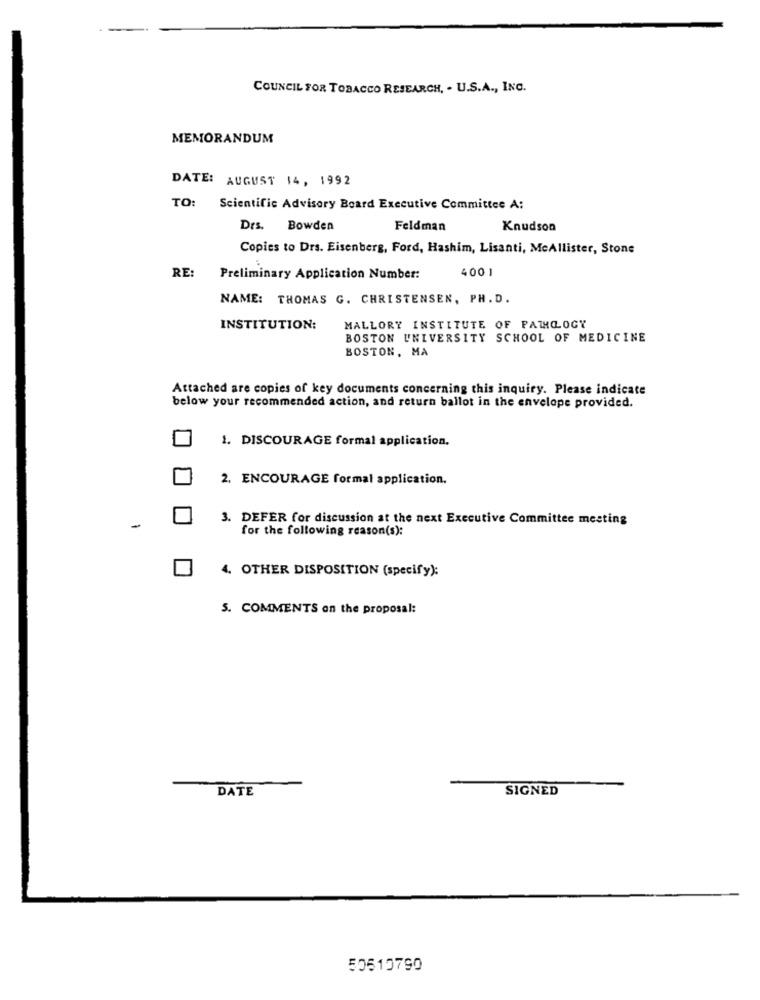
COUNCIL FOR TOBACCO RESEARCH, . U.S.A ., INC.
MEMORANDUM
DATE: AUGUST 14, 1992
TO: Scientific Advisory Board Executive Committee A:
Drs. Bowden
Feldman
Knudson
Copies to Drs. Eisenberg, Ford, Hashim, Lisanti, MeAllister, Stone
400 1
RE:
Preliminary Application Number:
NAME: THOMAS G. CHRISTENSEN, PH.D.
INSTITUTION:
MALLORY INSTITUTE OF PATHOLOGY
BOSTON UNIVERSITY SCHOOL OF MEDICINE
BOSTON, MA
Attached are copies of key documents concerning this inquiry. Please indicate
below your recommended action, and return ballot in the envelope provided.
1. DISCOURAGE formal application.
2. ENCOURAGE formal application.
3. DEFER for discussion at the next Executive Committee meeting
for the following reason(s):
4. OTHER DISPOSITION (specify):
5. COMMENTS on the proposal:
DATE
SIGNED
50510790